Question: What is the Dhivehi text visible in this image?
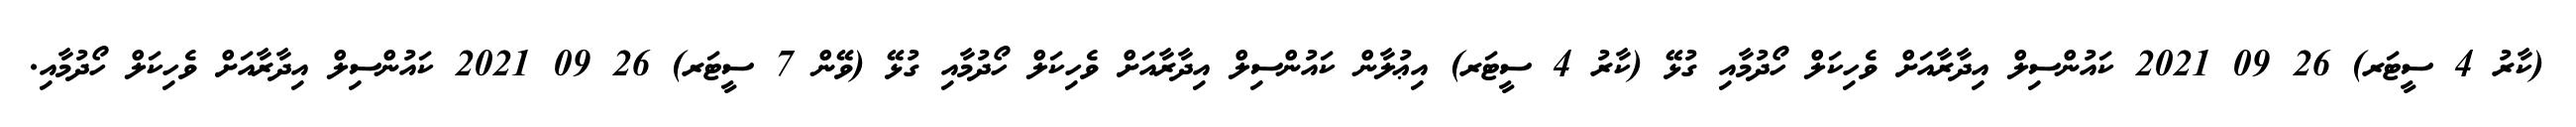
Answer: (ކާރު 4 ސީޓަރ) 26 09 2021 ކައުންސިލް އިދާރާއަށް ވެހިކަލް ހޯދުމާއި ގުޅޭ (ކާރު 4 ސީޓަރ) އިޢުލާން ކައުންސިލް އިދާރާއަށް ވެހިކަލް ހޯދުމާއި ގުޅޭ (ވޭން 7 ސީޓަރ) 26 09 2021 ކައުންސިލް އިދާރާއަށް ވެހިކަލް ހޯދުމާއި.